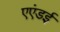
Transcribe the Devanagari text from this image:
एएंडई